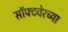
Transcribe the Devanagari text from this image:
सॉफ्टवेरच्या